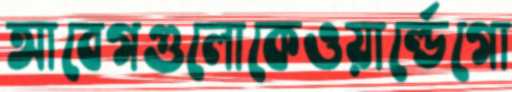
আবেগগুলোকেওয়ার্ল্ডেগো